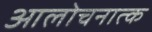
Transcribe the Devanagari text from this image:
आलोचनात्‍क